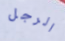
الرجل